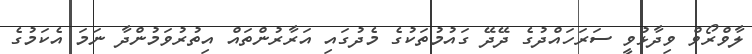
ލާވްރޯވް ވިދާޅުވީ ސަރަހައްދުގެ ދޭދޭ ގައުމުތަކުގެ މެދުގައި އަރާރުންތައް އިތުރުވަމުންދާ ނަމަ އެކަމުގެ